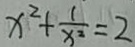
x ^ { 2 } + \frac { 1 } { x ^ { 2 } } = 2